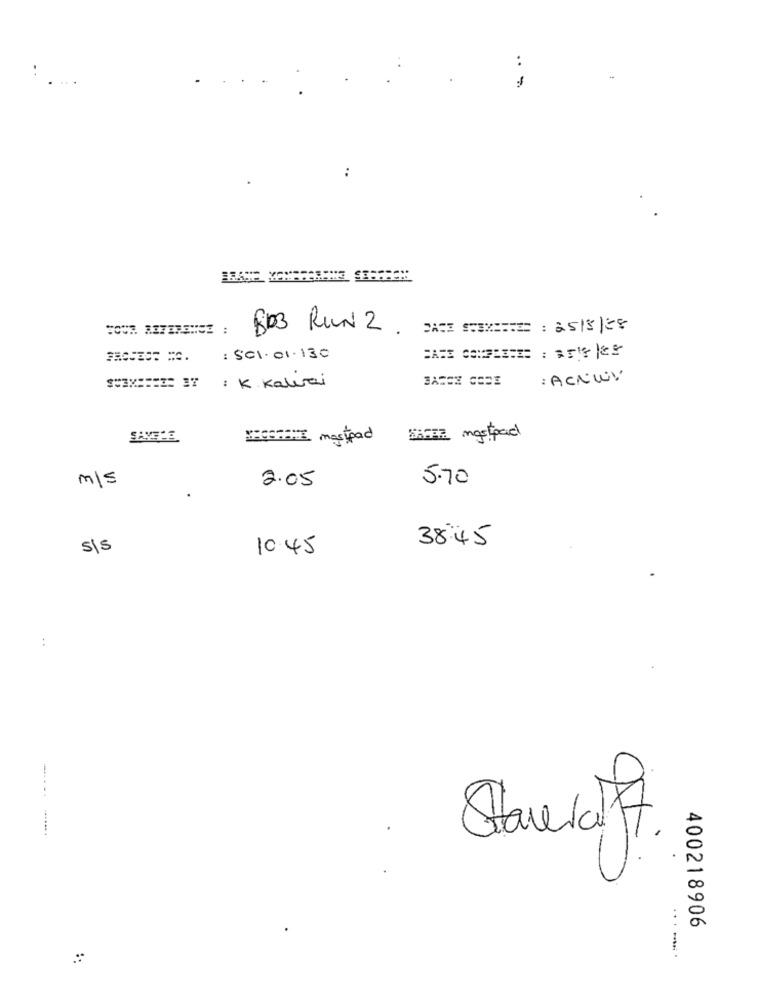
...
..
803 RUN 2
XXII ###X ===== : 25/5/28
: SC1. 01.130
CARI COMPIERE : 54 |85
: ACNWY
: K. Kaleci
SAMTHE
VISSTTHE mostpad
SiFFE mostpadl
m/s
2.05
5.70
s/s
10.45
38:45
:
Stave of.
400218906
.... .